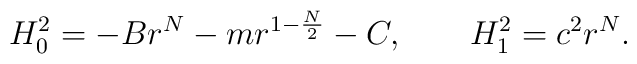
H_0^2 = -B r^N - m r^{1-\frac{N}{2}} - C, \qquad H_1^2 = c^2 r^N.